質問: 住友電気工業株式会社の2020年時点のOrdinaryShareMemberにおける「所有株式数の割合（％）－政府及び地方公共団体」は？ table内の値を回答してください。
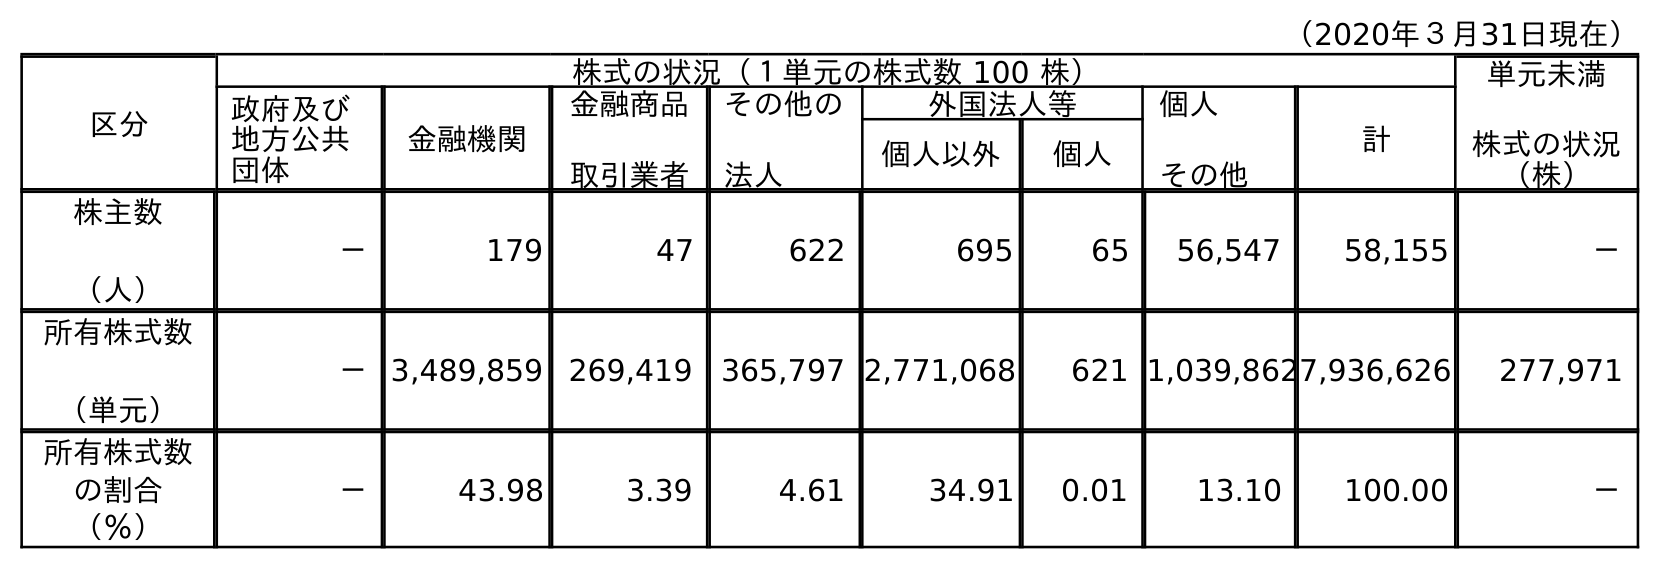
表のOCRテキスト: （2020年３月31日現在） 区分 株式の状況（１単元の株式数 100 株） 単元未満 株式の状況 （株） 政府及び 地方公共 団体 金融機関 金融商品 取引業者 その他の 法人 外国法人等 個人 その他 計 個人以外 個人 株主数 （人） － 179 47 622 695 65 56,547 58,155 － 所有株式数 （単元） －3,489,859 269,419 365,797 2,771,068 621 1,039,8627,936,626 277,971 所有株式数 の割合 （％） － 43.98 3.39 4.61 34.91 0.01 13.10 100.00 －
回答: －